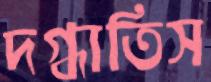
দগ্ধাতিস